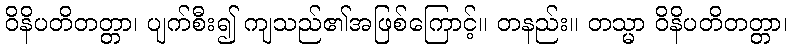
ဝိနိပတိတတ္တာ၊ ပျက်စီး၍ ကျသည်၏အဖြစ်ကြောင့်။ တနည်း။ တသ္မာ ဝိနိပတိတတ္တာ၊